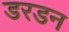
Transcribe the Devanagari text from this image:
डरडन